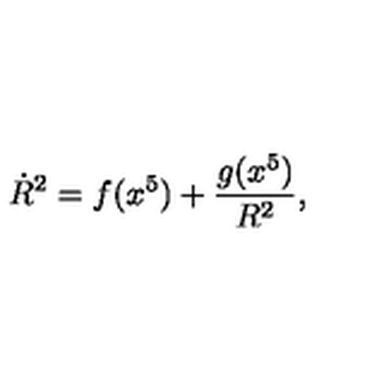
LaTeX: \dot { R } ^ { 2 } = f ( x ^ { 5 } ) + \frac { g ( x ^ { 5 } ) } { R ^ { 2 } } ,